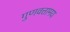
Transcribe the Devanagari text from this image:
गुणवत्तामय